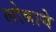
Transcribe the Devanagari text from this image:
लोबाये